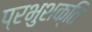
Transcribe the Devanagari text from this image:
प्रभुशक्ति